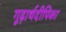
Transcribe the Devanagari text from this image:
गूढ़ार्थदीपिका